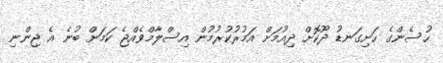
ހުސެންގެ ހަށިގަނޑު ދޫކޮށް ދިއުމަށް އަމުރުކުރުމުން އިސްލާމްވެއްޖެ ކަމަށް ބުނެ އެ ޖިންނި